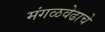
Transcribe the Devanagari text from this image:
मंगळवेढाचे